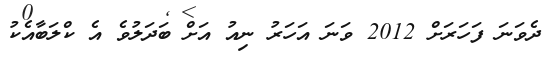
ދެވަނަ ފަހަރަށް 2012 ވަނަ އަހަރު ނިއު އަށް ބަދަލުވެ އެ ކްލަބާއެކު